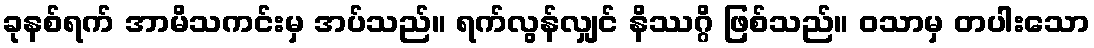
ခုနစ်ရက် အာမိသကင်းမှ အပ်သည်။ ရက်လွန်လျှင် နိဿဂ္ဂိ ဖြစ်သည်။ ဝသာမှ တပါးသော